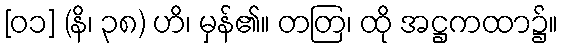
[၀၁] (နိ၊ ၃၈) ဟိ၊ မှန်၏။ တတြ၊ ထို အဋ္ဌကထာ၌။